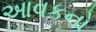
આવકનો